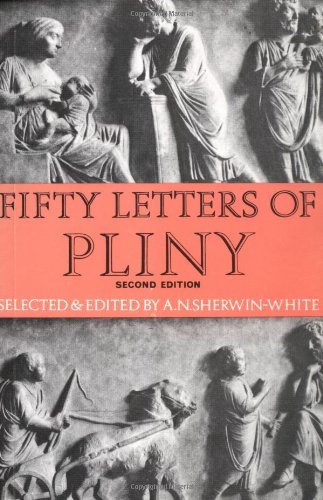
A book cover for Fifty Letters of Pliny; Pliny the Younger; Literature & Fiction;